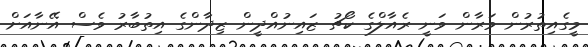
މީގެއިތުރުން ވަރާން ވަނީ ރެއާލްގެ ކޯޗު ޒައިނުއްދީން ޒިދާންގެ އިތުބާރު ވެސް އޭނާއަށް